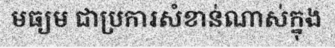
មធ្យម ជាប្រការសំខាន់ណាស់ក្នុង